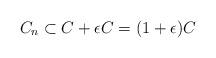
LaTeX: \begin{align*}C_n \subset C + \epsilon C = (1+\epsilon) C \end{align*}